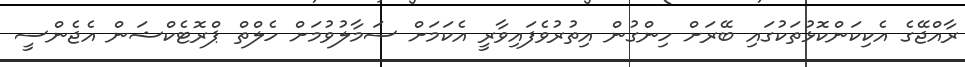
ރާއްޖޭގެ އެކިކަންކޮޅުތަކުގައި ބޭރަށް ހިންގުން އިތުރުވެފައިވާރީ އެކަމަށް ސަމާލުވުމަށް ހެލްތް ޕްރޮޓެކްޝަން އެޖެންސީ